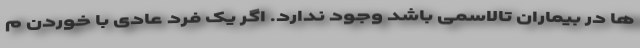
ها در بیماران تالاسمی باشد وجود ندارد. اگر یک فرد عادی با خوردن م